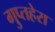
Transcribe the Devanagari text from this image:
गुप्तहेरा